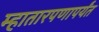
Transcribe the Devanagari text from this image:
म्हातारपणापर्यंत